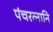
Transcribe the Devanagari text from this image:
पंचरत्नानि